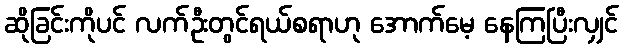
ဆိုခြင်းကိုပင် လက်ဦးတွင်ရယ်စရာဟု အောက်မေ့ နေကြပြီးလျှင်